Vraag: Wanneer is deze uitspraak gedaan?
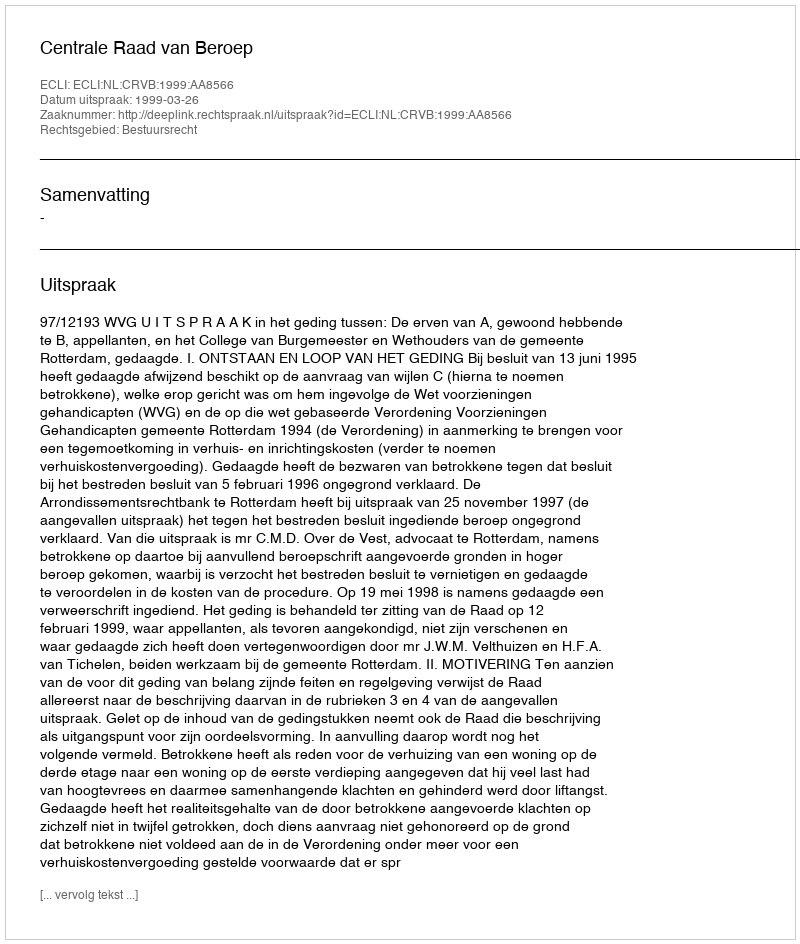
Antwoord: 1999-03-26